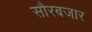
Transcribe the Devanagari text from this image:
सौरबजार